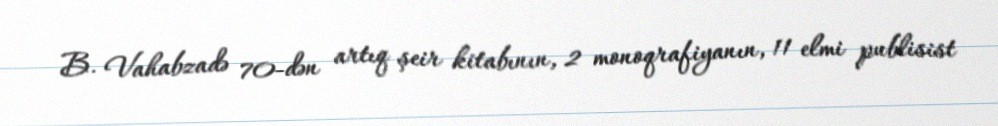
B. Vahabzadə 70-dən artıq şeir kitabının, 2 monoqrafiyanın, 11 elmi publisist